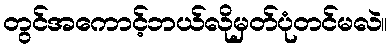
တွင်အကောင့်ဘယ်လိုမှတ်ပုံတင်မလဲ။